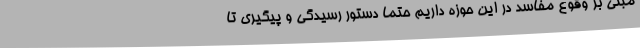
مبنی بر وقوع مفاسد در این حوزه داریم حتما دستور رسیدگی و پیگیری تا